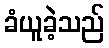
ခံယူခဲ့သည်